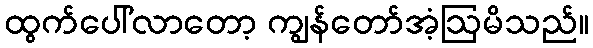
ထွက်ပေါ်လာတော့ ကျွန်တော်အံ့ဩမိသည်။